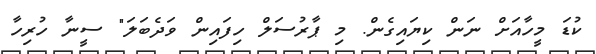
ކުޑަ މީހާއަށް ނަން ކިޔައިގެން. މި ޕާރުސަލް ހިފައިން ވަދެބަލަ" ސީނާ ހުރިހާ